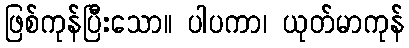
ဖြစ်ကုန်ပြီးသော။ ပါပကာ၊ ယုတ်မာကုန်